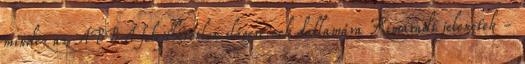
mindez az ABBA felejthetetlen slágereinek dallamára Kimaradt jelenetek -